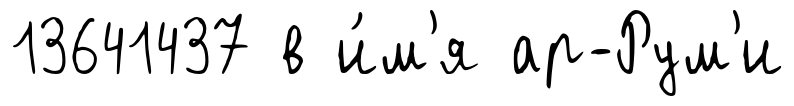
13641437 в и́м'я ар-Рум'и